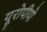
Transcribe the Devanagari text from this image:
यूरोपीयो